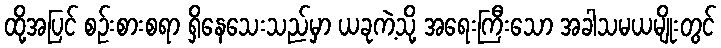
ထို့အပြင် စဉ်းစားစရာ ရှိနေသေးသည်မှာ ယခုကဲ့သို့ အရေးကြီးသော အခါသမယမျိုးတွင်